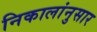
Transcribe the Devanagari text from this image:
निकालांनुसार